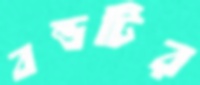
বন্ডটির